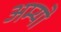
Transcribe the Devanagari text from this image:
अम्यो